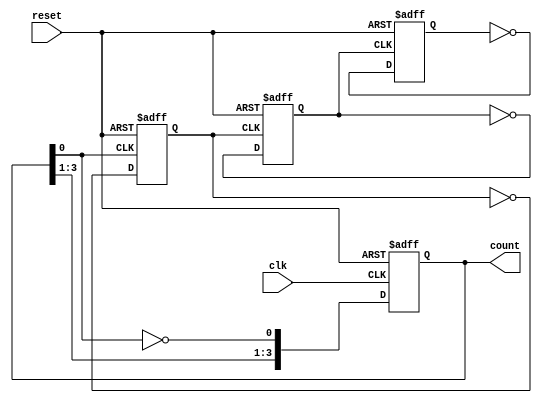
module async_ripple_counter (
    input wire clk,          // Clock input
    input wire reset,        // Asynchronous reset
    output reg [n-1:0] count // n-bit binary output
);
    parameter n = 4; // Number of bits in the counter (can be adjusted)

    // Flip-flop behavior
    always @(posedge clk or posedge reset) begin
        if (reset) begin
            count <= 0; // Reset all flip-flops to 0
        end else begin
            count[0] <= ~count[0]; // Toggle the least significant bit
        end
    end

    // Ripple effect for the remaining flip-flops
    genvar i;
    generate
        for (i = 1; i < n; i = i + 1) begin : ripple_ff
            always @(negedge count[i-1] or posedge reset) begin
                if (reset) begin
                    count[i] <= 0; // Reset the flip-flop
                end else begin
                    count[i] <= ~count[i]; // Toggle the flip-flop
                end
            end
        end
    endgenerate
endmodule